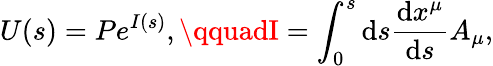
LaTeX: U(s)=Pe^{I(s)},\qquadI=\int_{0}^{s}\mathrm{d}s\frac{{\mathrm{d}x^{\mu}}}{{\mathrm{d}s}}A_{\mu},